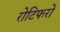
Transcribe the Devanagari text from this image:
रोटिफरों